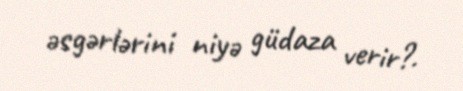
əsgərlərini niyə güdaza verir?.